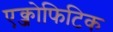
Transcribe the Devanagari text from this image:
एक्जोफिटिक